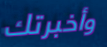
وأخبرتك